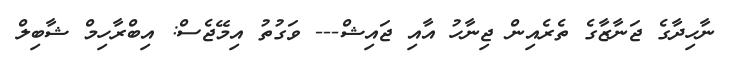
ނާހިދާގެ ޖަނާޒާގެ ތެރެއިން ޖިނާހު އާއި ޖައިޝް--- ވަގުތު އިމޭޖެސް: އިބްރާހިމް ޝާބިލް